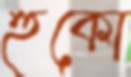
হুকো